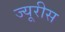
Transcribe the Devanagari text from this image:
ज्यूरीस